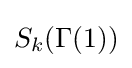
S_{k}(\Gamma (1))